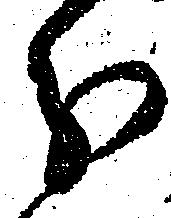
分